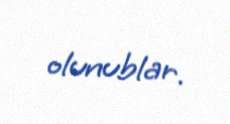
olunublar.